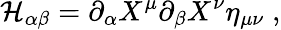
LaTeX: \mathcal{H}_{\alpha\beta}=\partial_{\alpha}X^{\mu}\partial_{\beta}X^{\nu}\eta_{\mu\nu}\; ,